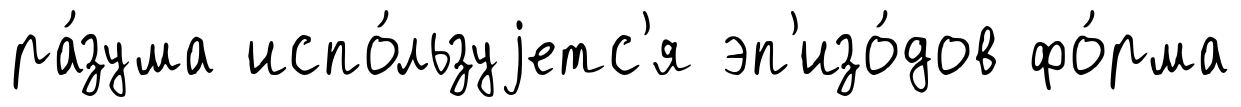
ра́зума испо́льзуjетс'я эп'изо́дов фо́рма